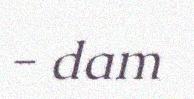
- dam